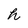
Character: h